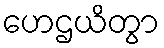
ဟေဌယိတွာ